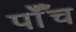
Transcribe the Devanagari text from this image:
पाँँच